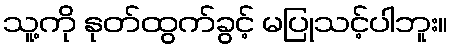
သူ့ကို နုတ်ထွက်ခွင့် မပြုသင့်ပါဘူး။